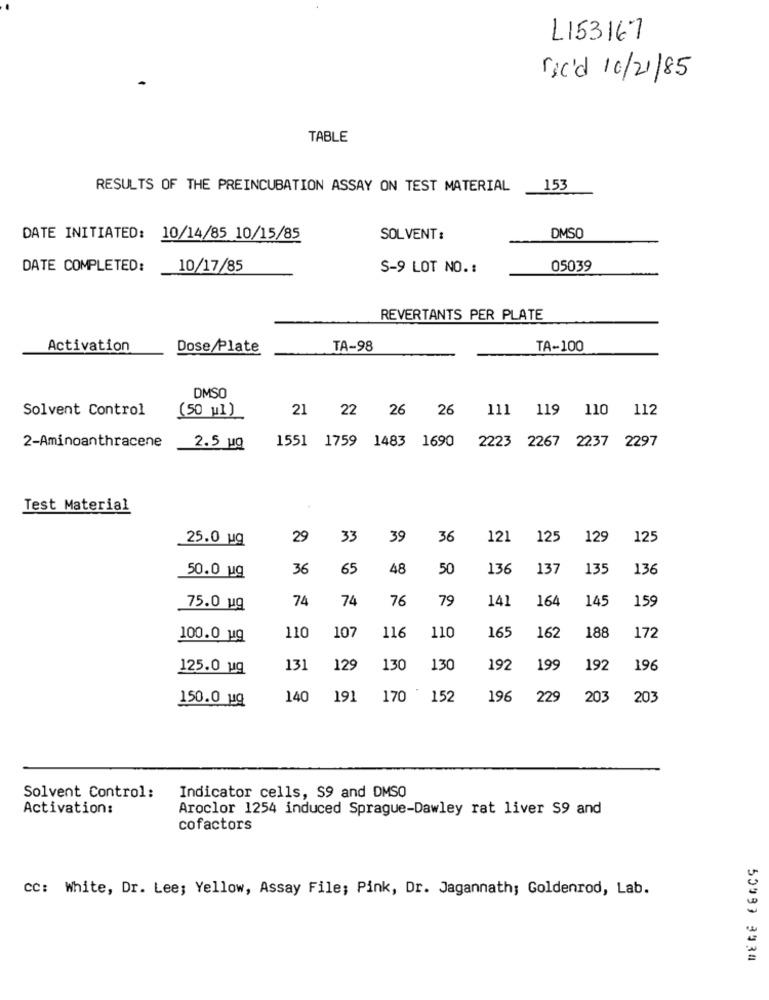
L153167
rec'd 10/21/85
TABLE
RESULTS OF THE PREINCUBATION ASSAY ON TEST MATERIAL
153
DATE INITIATED: 10/14/85 10/15/85
SOLVENT:
DMSO
DATE COMPLETED:
10/17/85
S-9 LOT NO. :
05039
REVERTANTS PER PLATE
Activation
Dose Plate
TA-98
TA-100
DMSO
Solvent Control
21 22
26
26
111 119 110 112
(50 u1)
1551 1759
2223 2267 2237 2297
2-Aminoanthracene
2.5 Mg
1483 1690
Test Material
25.0 ug
29
33
39
36
121
125
129
125
36
65
48
50
136
137
135
136
50.0 ug
74
74
76
79
141
164
145
159
75.0 uq
162
188
100.0 ug
110
107
116
110
165
172
125.0 ug
131
129
130
130
197
199
192
196
140
191
170
152
196
229
203
203
150.0 ug
Solvent Control:
Indicator cells, S9 and DMSO
Activation:
Aroclor 1254 induced Sprague-Dawley rat liver S9 and
cofactors
cc: White, Dr. Lee; Yellow, Assay File; Pink, Dr. Jagannath; Goldenrod, Lab.
50993 3334